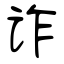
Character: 诈